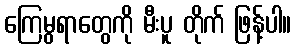
ကြေမွရာတွေကို မီးပူ တိုက် ဖြန့်ပါ။